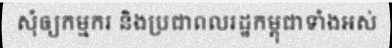
សុំឲ្យកម្មករ និងប្រជាពលរដ្ឋកម្ពុជាទាំងអស់